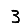
Digit: 3